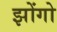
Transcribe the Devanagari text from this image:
झोंगो